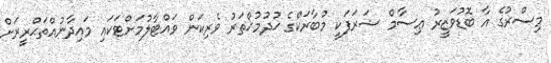
މިސްރުގެ އާ ބޮޑުވަޒީރު ޢިސާމް ޝަރަފަކީ މުބާރަކްގެ ޚުދުމުޚްތަރު ވެރިކަން ވައްޓާލުމަށްޓަކައި މައިދާނުއްތަޙްރީރަށް